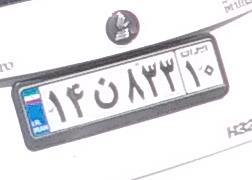
۱۴ن۸۳۳۱۰